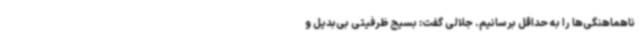
ناهماهنگی‌ها را به حداقل برسانیم. جلالی گفت: بسیج ظرفیتی بی‌بدیل و